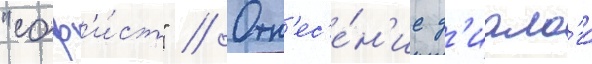
"соф'и́ст" // Отн'ес'е́н'ие д'иало́га